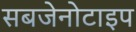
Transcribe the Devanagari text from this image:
सबजेनोटाइप